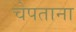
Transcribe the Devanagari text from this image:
चेपताना